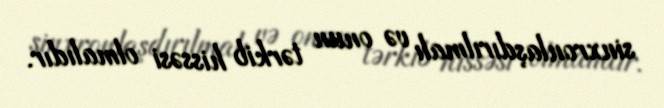
sinxronlaşdırılmalı və onun tərkib hissəsi olmalıdır.